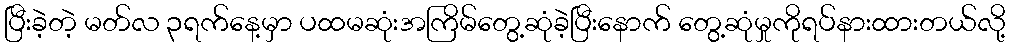
ပြီးခဲ့တဲ့ မတ်လ ၃ရက်နေ့မှာ ပထမဆုံးအကြိမ်တွေ့ဆုံခဲ့ပြီးနောက် တွေ့ဆုံမှုကိုရပ်နားထားတယ်လို့